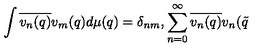
\int \overline { { v _ { n } ( q ) } } v _ { m } ( q ) d \mu ( q ) = \delta _ { n m } , \sum _ { n = 0 } ^ { \infty } \overline { { v _ { n } ( q ) } } v _ { n } ( \tilde { q }